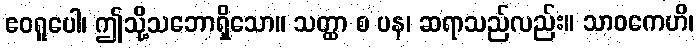
ဧဝရူပေါ၊ ဤသို့သဘောရှိသော။ သတ္ထာ စ ပန၊ ဆရာသည်လည်း။ သာဝကေဟိ၊